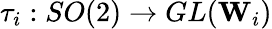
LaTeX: \tau_{i}:SO(2)\rightarrow GL(\mathbf{W}_{i})